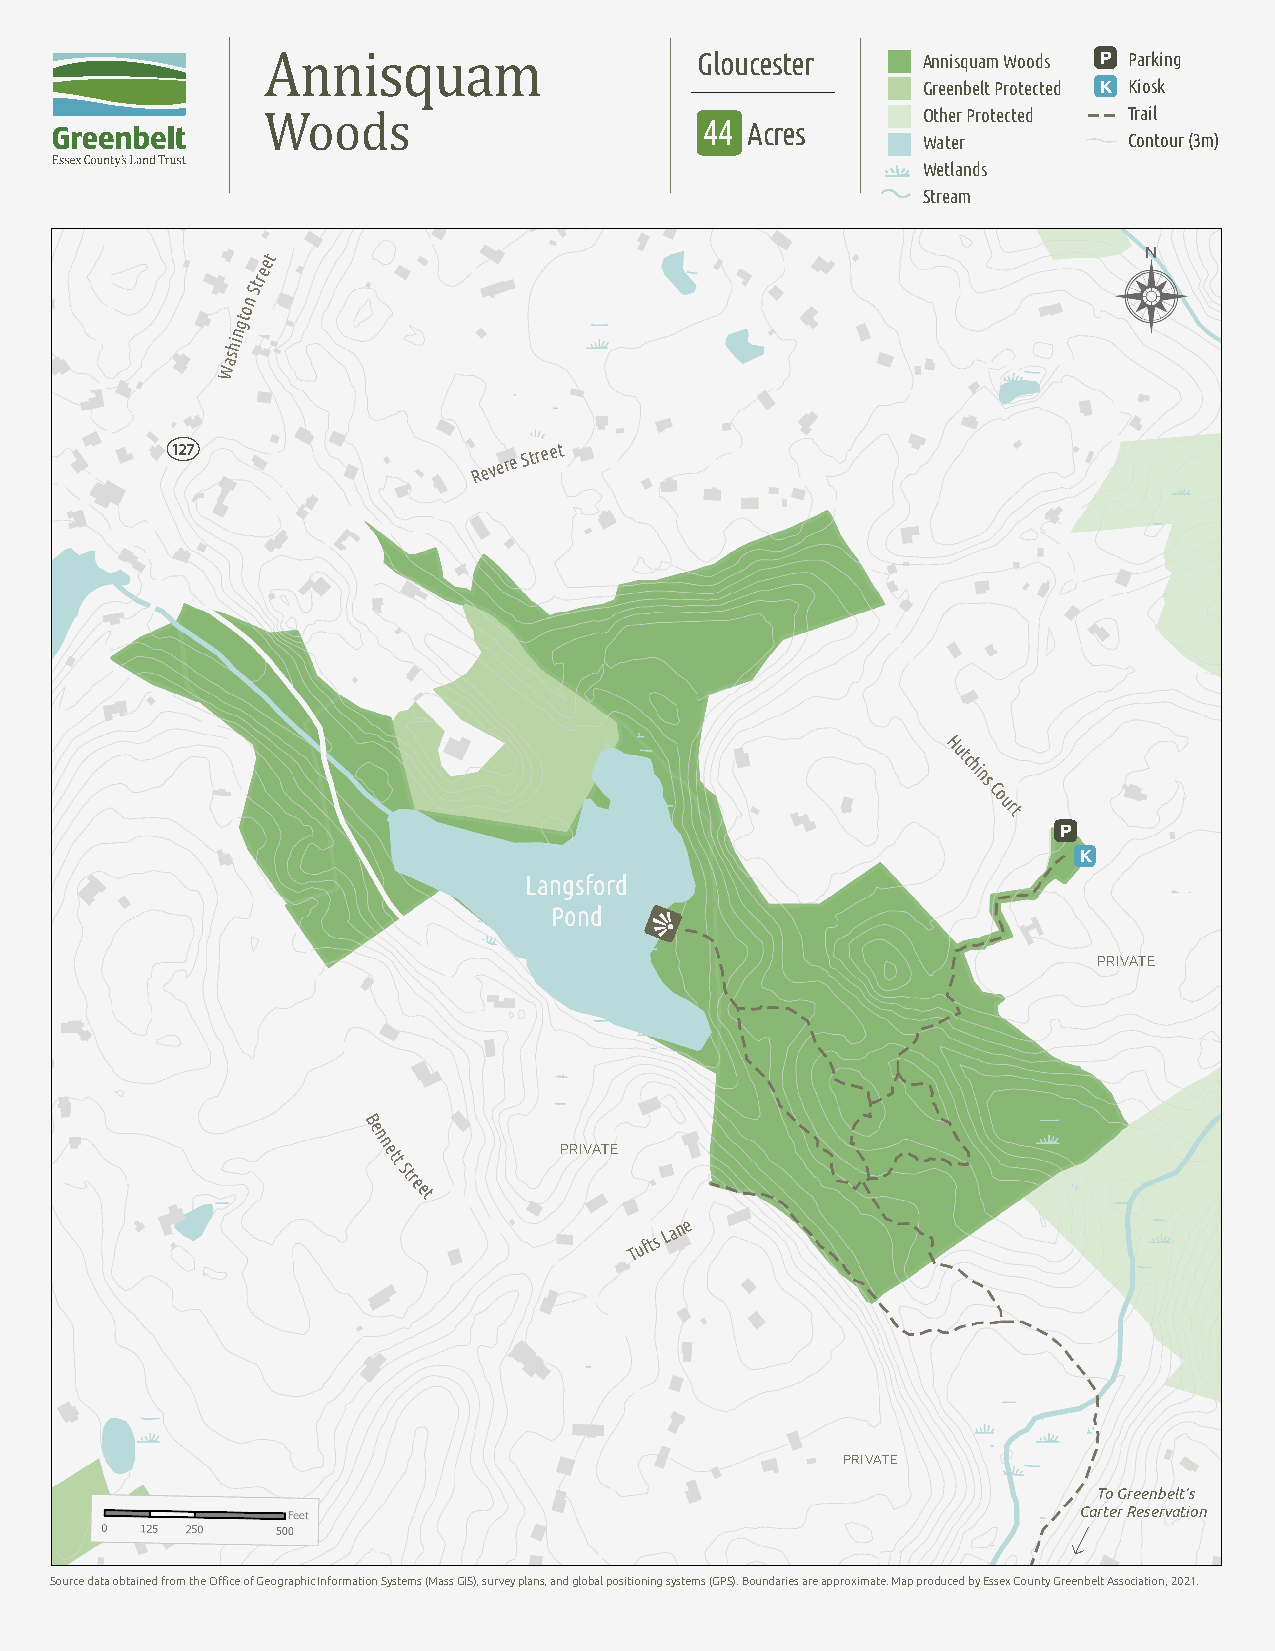
Gloucester     Annisquam Woods P Parking
 Greenbelt Protected K Kiosk
 Other Protected Trail
 44 Acres
 Water         Contour (3m)
 Wetlands
 Annisquam                                   Stream
 Woods
 N
 et
 e
 Str
 n
 o
 gt
 n
 hi
 s
 a
 W
 127
 R e v
 ere
 Street
 H
 utc
 hi
 ns
 Co
 urt
 P
 K
 Langsford
 Pond
 PRIVATE
 B
 e
 n
 n ett
 Street
 PRIVATE
 Tufts
 Lane
 PRIVATE
 To Greenbelt’s
 Carter Reservation
 Source data obtained from the Office of Geographic Information Systems (Mass GIS), survey plans, and global positioning systems (GPS). Boundaries are approximate. Map produced by Essex County Greenbelt Association, 2021.